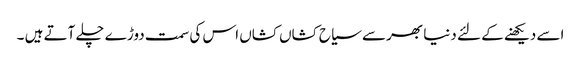
اسے دیکھنے کے لئے دنیا بھرسے سیاح کشاں کشاں اس کی سمت دوڑے چلے آتے ہیں ۔